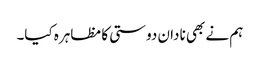
ہم نے بھی نادان دوستی کا مظاہرہ کیا۔